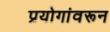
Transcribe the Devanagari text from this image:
प्रयोगांवरून